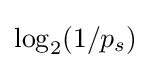
\log _{2}(1/p_{s})